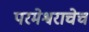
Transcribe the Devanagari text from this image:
परमेश्वराचेच